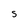
Character: s